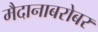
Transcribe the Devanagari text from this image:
मैदानाबरोबर